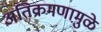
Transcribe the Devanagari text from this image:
अतिक्रमणामु़ळे